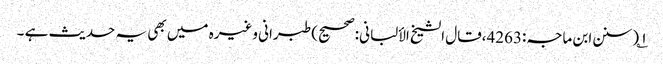
۱؎ (سنن ابن ماجہ:4263،قال الشیخ الألبانی:صحیح) طبرانی وغیرہ میں بھی یہ حدیث ہے ۔